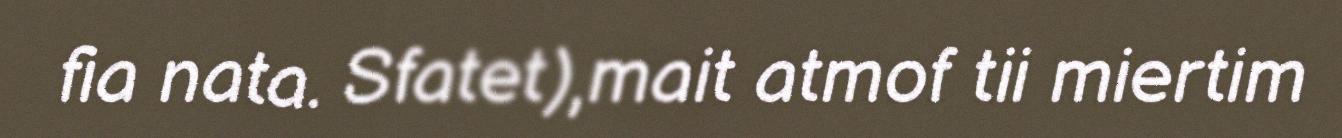
fia nata. Sfatet),mait atmof tii miertim